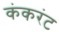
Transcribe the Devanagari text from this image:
कंकरंट